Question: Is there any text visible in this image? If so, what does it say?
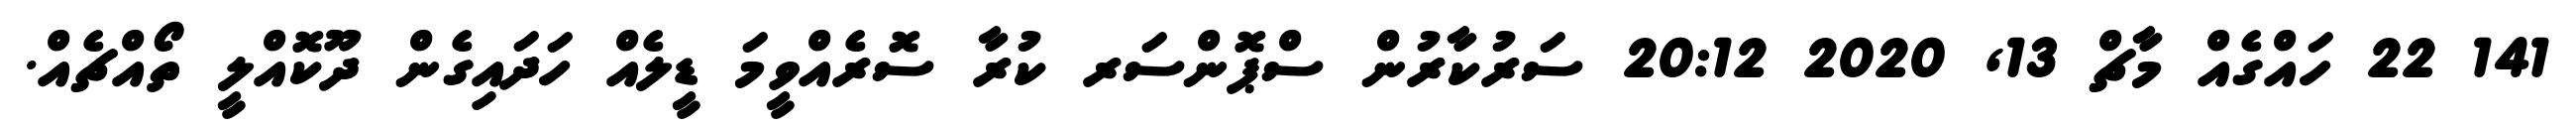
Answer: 141 22 ހައްގެއް މާޗް 13, 2020 20:12 ސަރުކާރުން ސްޕޮންސަރ ކުރާ ސޮރެއްވީމަ ޑީލެއް ހަދައިގެން ދޫކޮއްލީ ތޯއްޗެއް.